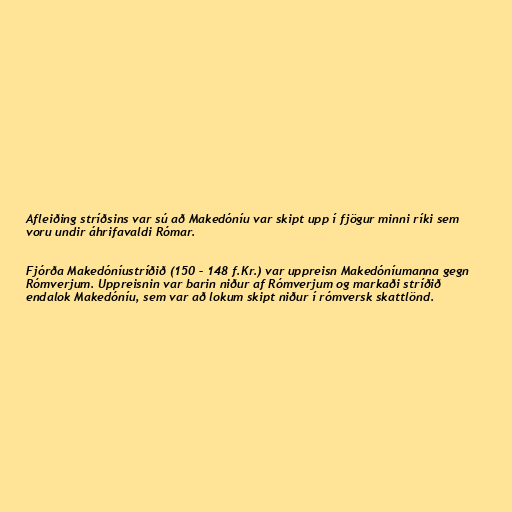
Afleiðing stríðsins var sú að Makedóníu var skipt upp í fjögur minni ríki sem
voru undir áhrifavaldi Rómar.

Fjórða Makedóníustríðið (150 – 148 f.Kr.) var uppreisn Makedóníumanna gegn
Rómverjum. Uppreisnin var barin niður af Rómverjum og markaði stríðið
endalok Makedóníu, sem var að lokum skipt niður í rómversk skattlönd.